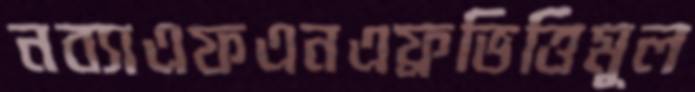
নব্যাএফএনএফ্রভিত্তিমূল